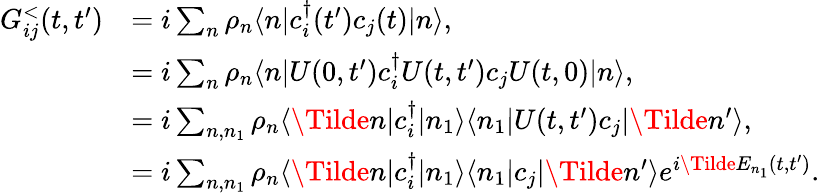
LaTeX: \begin{array}{rl}{G_{ij}^{<}(t,t^{\prime})}&{=i\sum_{n}\rho_{n}\langle n|c_{i}^{\dagger}(t^{\prime})c_{j}(t)|n\rangle,}\\ &{=i\sum_{n}\rho_{n}\langle n|U(0,t^{\prime})c_{i}^{\dagger}U(t,t^{\prime})c_{j}U(t,0)|n\rangle,}\\ &{=i\sum_{n,n_{1}}\rho_{n}\langle\Tilde{n}|c_{i}^{\dagger}|n_{1}\rangle\langle n_{1}|U(t,t^{\prime})c_{j}|\Tilde{n}^{\prime}\rangle,}\\ &{=i\sum_{n,n_{1}}\rho_{n}\langle\Tilde{n}|c_{i}^{\dagger}|n_{1}\rangle\langle n_{1}|c_{j}|\Tilde{n}^{\prime}\rangle e^{i\Tilde{E}_{n_{1}}(t,t^{\prime})}.}\end{array}